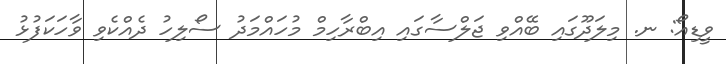
ވީޑިއޯ: ނ. މިލަދޫގައި ބޭއްވި ޖަލްސާގައި އިބްރާހިމް މުހައްމަދު ސޯލިހު ދެއްކެވި ވާހަކަފުޅު